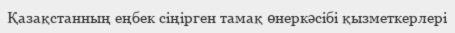
Қазақстанның еңбек сіңірген тамақ өнеркәсібі қызметкерлері